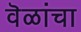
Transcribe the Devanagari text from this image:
वॆळांचा